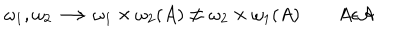
\omega _ { 1 } , \omega _ { 2 } \longrightarrow \omega _ { 1 } \times \omega _ { 2 } ( A ) \not = \omega _ { 2 } \times \omega _ { 1 } ( A ) \qquad A \epsilon { \cal A }